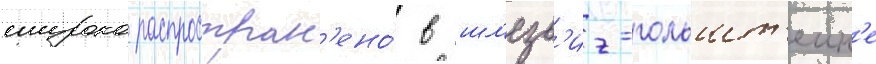
широко распростран'ено́ в шл'езв'иг-гольшт'еин'е